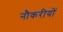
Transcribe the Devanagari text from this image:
नौकरीयों